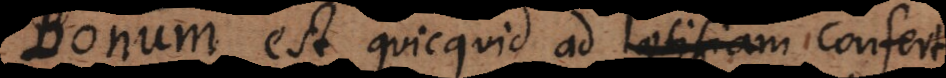
m est quicquid ad laetitiam confert